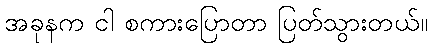
အခုနက ငါ စကားပြောတာ ပြတ်သွားတယ်။